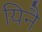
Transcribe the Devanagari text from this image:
यिनै